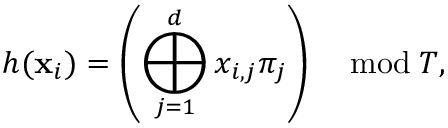
h ( \mathbf { x } _ { i } ) = \left( \bigoplus _ { j = 1 } ^ { d } x _ { i , j } \pi _ { j } \right) \quad \bmod T ,